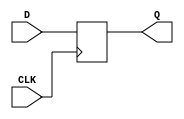
module FF_D (
	input				D,
	input				CLK,
	output	reg	Q
);

always @ (posedge CLK) 
begin
	Q <= D;
end

endmodule